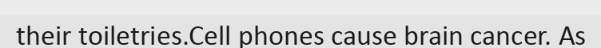
their toiletries.Cell phones cause brain cancer. As